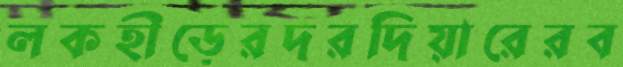
লকহীড়েরদরদিয়ারেরব